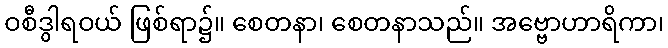
ဝစီဒွါရဝယ် ဖြစ်ရာ၌။ စေတနာ၊ စေတနာသည်။ အဗ္ဗောဟာရိကာ၊